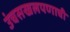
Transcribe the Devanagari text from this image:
उंचसखलपणाची